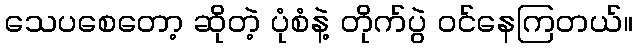
သေပစေတော့ ဆိုတဲ့ ပုံစံနဲ့ တိုက်ပွဲ ဝင်နေကြတယ်။